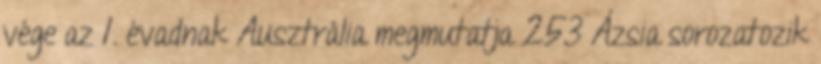
vége az 1. évadnak Ausztrália megmutatja 253 Ázsia sorozatozik